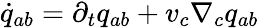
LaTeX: \dot{q}_{ab}=\partial_{t}q_{ab}+v_{c}\nabla_{c}q_{ab}